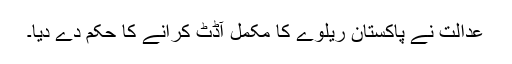
عدالت نے پاکستان ریلوے کا مکمل آڈٹ کرانے کا حکم دے دیا۔